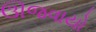
ઊજવાયો